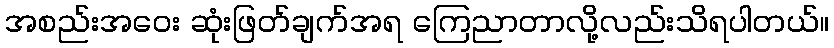
အစည်းအဝေး ဆုံးဖြတ်ချက်အရ ကြေညာတာလို့လည်းသိရပါတယ်။